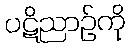
ပဋိညာဉ်ကို